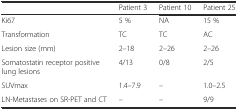
|  | Patient 3 | Patient 10 | Patient 25 |
 | --- | --- | --- | --- |
 | Ki67 | 5 % | NA | 15 % |
 | Transformation | TC | TC | AC |
 | Lesion size (mm) | 2–18 | 2–26 | 2–26 |
 | Somatostatin receptor positive lung lesions | 4/13 | 0/8 | 2/5 |
 | SUVmax | 1.4–7.9 | – | 1.0–2.5 |
 | LN-Metastases on SR-PET and CT | – | – | 9/9 |